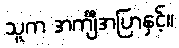
သူက အင်္ကျီအပြာနှင့်။